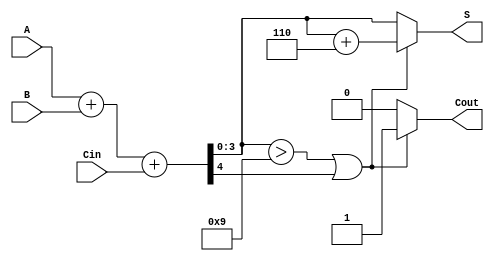
module BCD_Ripple_Carry_Adder (
    input [3:0] A,       // First BCD digit
    input [3:0] B,       // Second BCD digit
    input Cin,           // Carry-in
    output reg [3:0] S,  // BCD sum
    output reg Cout      // Carry-out
);

    wire [4:0] binary_sum; // 5-bit to accommodate carry-out
    wire [3:0] corrected_sum;
    wire correction_needed;

    // Step 1: Perform binary addition
    assign binary_sum = A + B + Cin; // 5-bit sum

    // Step 2: Check if correction is needed
    assign correction_needed = (binary_sum[3:0] > 4'b1001) || binary_sum[4];

    // Step 3: BCD correction logic
    always @(*) begin
        if (correction_needed) begin
            // Add 6 (0110) to the binary sum
            corrected_sum = binary_sum[3:0] + 4'b0110;
            Cout = 1; // Set carry-out since correction was applied
        end else begin
            corrected_sum = binary_sum[3:0];
            Cout = 0; // No carry-out
        end
        S = corrected_sum; // Final BCD sum
    end

endmodule